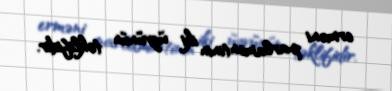
erməni parlamentinin iki üzvünün təklifidir.